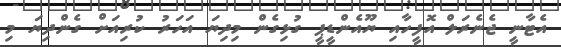
އެޓާނީ ޖެނެރަލް އޮފީހާއި ޔޫއެންޑީޕީ ގުޅިގެން މިދިޔަ އަހަރު ކުރިއަށް ގެންދިޔަ މި